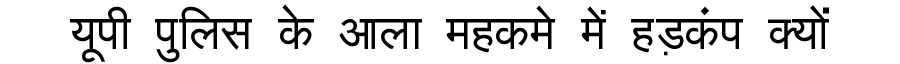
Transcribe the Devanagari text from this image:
यूपी पुलिस के आला महकमे में हड़कंप क्यों